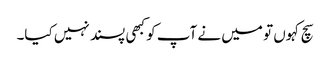
سچ کہوں تو میں نے آپ کو کبھی پسند نہیں کیا۔